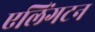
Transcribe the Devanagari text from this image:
एलिंगटन